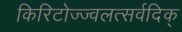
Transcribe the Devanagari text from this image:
किरिटोज्ज्वलत्सर्वदिक्‌